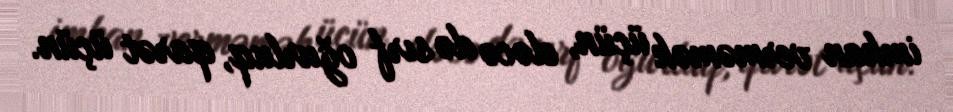
imkan verməmək üçün, eləcə də sırf oğurluq, qarət üçün.